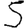
Digit: 5